Civil Veterinary Department. United Provinces 1932-42 - 1932-1942
Year: 1932
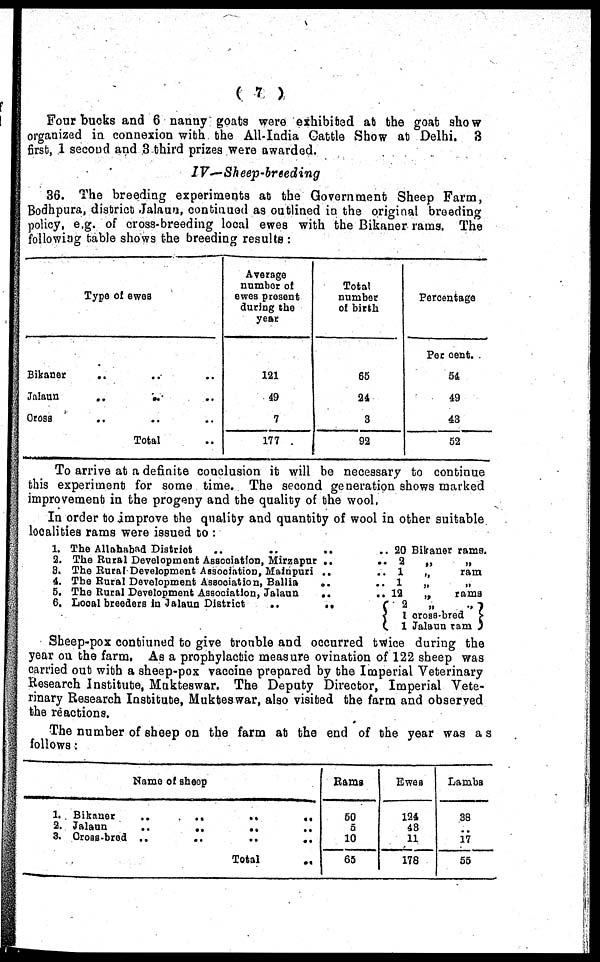
( 7 )
Four bucks and 6 nanny goats were exhibited at the goat show
organized in connexion with the All-India Cattle Show at Delhi. 3
first, 1 second and 3 third prizes were awarded.
IV—Sheep-breeding
36. The breeding experiments at the Government Sheep Farm,
Bodhpura, district Jalaun, continued as outlined in the original breeding
policy, e.g. of cross-breeding local ewes with the Bikaner rams. The
following table shows the breeding results :
Type of ewes
Bikaner
..
..
..
Jalaun
..
..
..
Oross
..
..
..
Total ..
Average
number of
ewes present
during the
year
121
49
7
177
Totat
number
of birth
65
24
3
92
Percentage
Per cent.
54
49
43
52
To arrive at a definite conclusion it will be necessary to continue
this experiment for some time. The second generation shows marked
improvement in the progeny and the quality of the wool.
In order to improve the quality and quantity of wool in other suitable
localities rams were issued to :
1. The Allahabad Diatrict
2. The Rural Development Association, Mirzapur ..
3. The Rural Development Association, Mainpuri ..
4. The Rural Development Association, Ballia
..
5. The Rural Developmont Association, Jalaun
..
6. Local breeders In Jalaun District
..
..
.. 20 Bikaner rams.
..
2
„
„
.. 1
„
ram
.. 1
„
..12
„
rams
2
„ „
1 cross-bred
1 Jalaun ram
Sheep-pox contiuned to give trouble and occurred twice during the
year on the farm. As a prophylactic measure ovination of 122 sheep was
carried out with a sheep-pox vaccine prepared by the Imperial Veterinary
Research Institute, Mukteswar. The Deputy Director, Imperial Vete-
rinary Research Institute, Mukteswar, also visited the farm and observed
the reactions.
The number of sheep on the farm at the end of the year was as
follows :
Name of sheep
1. Bikaner
..
..
2. Jalaun
..
3.
Croas-brod
..
..
..
Total
..
Rams
50
5
10
65
Ewes
124
43
11
178
Lambs
38
..
17
55